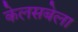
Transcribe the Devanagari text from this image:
केलसबेला